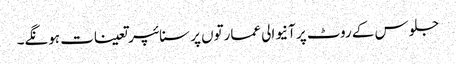
جلوس کے روٹ پر آنیوالی عمارتوں پر سنائپر تعینات ہونگے۔